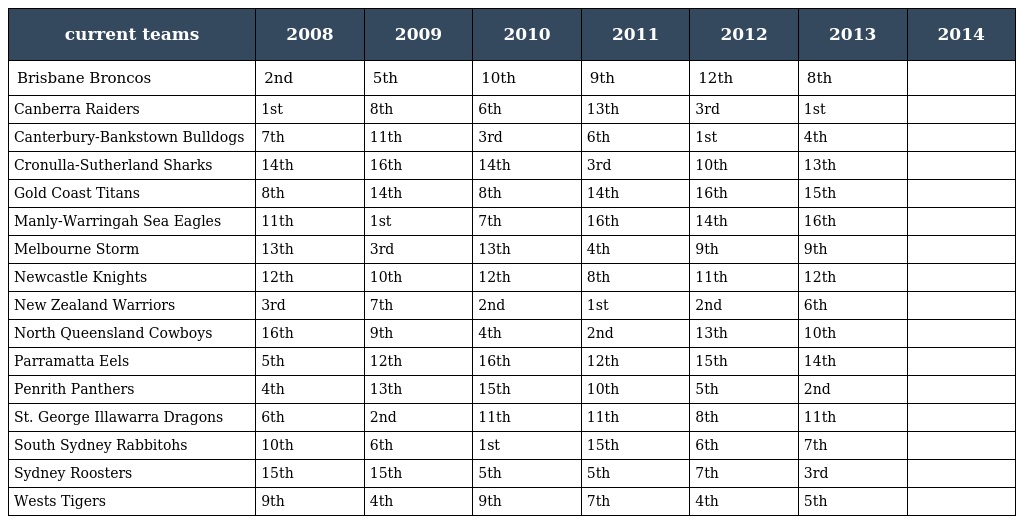
| current teams | 2008 | 2009 | 2010 | 2011 | 2012 | 2013 | 2014 |
 | --- | --- | --- | --- | --- | --- | --- | --- |
 | Brisbane Broncos | 2nd | 5th | 10th | 9th | 12th | 8th |  |
 | Canberra Raiders | 1st | 8th | 6th | 13th | 3rd | 1st |  |
 | Canterbury-Bankstown Bulldogs | 7th | 11th | 3rd | 6th | 1st | 4th |  |
 | Cronulla-Sutherland Sharks | 14th | 16th | 14th | 3rd | 10th | 13th |  |
 | Gold Coast Titans | 8th | 14th | 8th | 14th | 16th | 15th |  |
 | Manly-Warringah Sea Eagles | 11th | 1st | 7th | 16th | 14th | 16th |  |
 | Melbourne Storm | 13th | 3rd | 13th | 4th | 9th | 9th |  |
 | Newcastle Knights | 12th | 10th | 12th | 8th | 11th | 12th |  |
 | New Zealand Warriors | 3rd | 7th | 2nd | 1st | 2nd | 6th |  |
 | North Queensland Cowboys | 16th | 9th | 4th | 2nd | 13th | 10th |  |
 | Parramatta Eels | 5th | 12th | 16th | 12th | 15th | 14th |  |
 | Penrith Panthers | 4th | 13th | 15th | 10th | 5th | 2nd |  |
 | St. George Illawarra Dragons | 6th | 2nd | 11th | 11th | 8th | 11th |  |
 | South Sydney Rabbitohs | 10th | 6th | 1st | 15th | 6th | 7th |  |
 | Sydney Roosters | 15th | 15th | 5th | 5th | 7th | 3rd |  |
 | Wests Tigers | 9th | 4th | 9th | 7th | 4th | 5th |  |